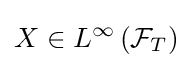
X\in L^{\infty }\left({\mathcal {F}}_{T}\right)